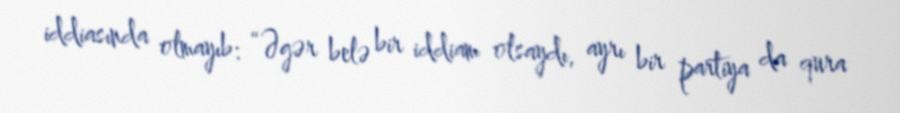
iddiasında olmayıb: “Əgər belə bir iddiam olsaydı, ayrı bir partiya da qura